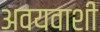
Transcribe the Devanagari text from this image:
अवयवाशी